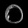
Digit: ၀